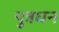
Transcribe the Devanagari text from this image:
पुत्रधन